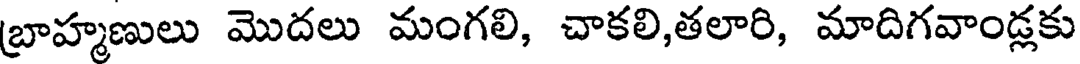
బ్రాహ్మణులు మొదలు మంగలి, చాకలి,తలారి, మాదిగవాండ్లకు